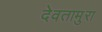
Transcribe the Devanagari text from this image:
देवतामुरा